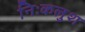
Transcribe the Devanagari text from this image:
निःकलुश